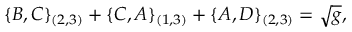
\{ B , C \} _ { ( 2 , 3 ) } + \{ C , A \} _ { ( 1 , 3 ) } + \{ A , D \} _ { ( 2 , 3 ) } = \sqrt { g } ,